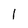
Character: 1